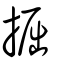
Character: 掘